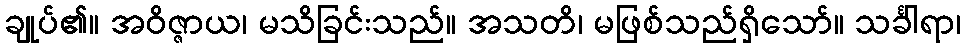
ချုပ်၏။ အဝိဇ္ဇာယ၊ မသိခြင်းသည်။ အသတိ၊ မဖြစ်သည်ရှိသော်။ သင်္ခါရာ၊